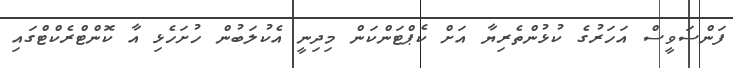
ފަންސަވީސް އަހަރުގެ ކުޅުންތެރިޔާ އަށް ކެޕްޓަންކަން މިދިނީ އެކުލަބުން ހުށަހެޅި އާ ކޮންޓްރެކްޓްގައި